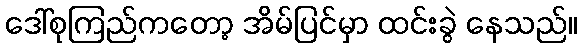
ဒေါ်စုကြည်ကတော့ အိမ်ပြင်မှာ ထင်းခွဲ နေသည်။